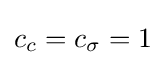
c_{c}=c_{\sigma }=1